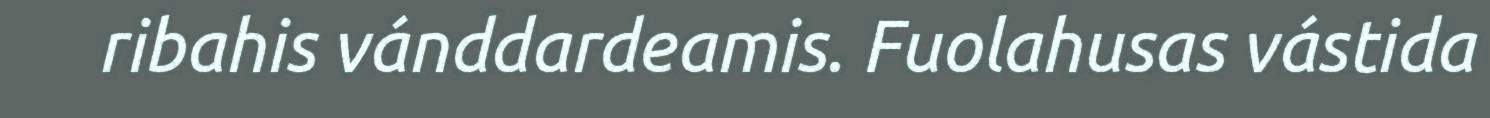
ribahis vánddardeamis. Fuolahusas vástida